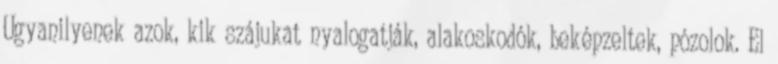
Ugyanilyenek azok, kik szájukat nyalogatják, alakoskodók, beképzeltek, pózolok. El